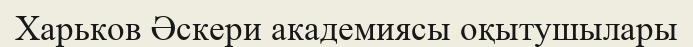
Харьков Әскери академиясы оқытушылары